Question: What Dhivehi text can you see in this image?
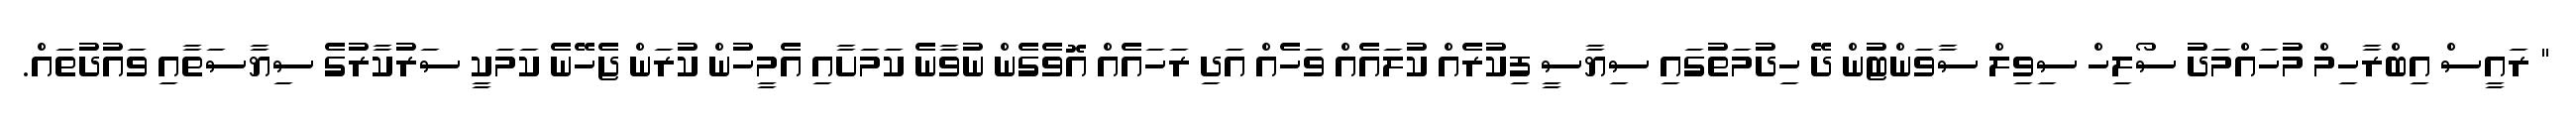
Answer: " ރައީސް އިބްރާހިމް މުހައްމަދު ސޯލިހް ސިވިލް ސާވަންޓުން ދޭ ހިދުމަތުގައި ސިޔާސީ ފިކުރެއް ކުލައެއް ވަހެއް އަދި ރަހައެއް އޮވެގެން ނުވާނެ ކަމަށާއި އެމީހުން ކުރަން ޖެހޭނެ ކަމަކީ ސަރުކާރުގެ ސިޔާސަތާއި ވައުދުތައް.